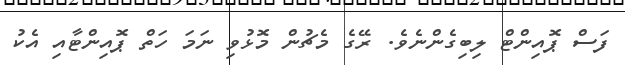
ފަސް ޕޮއިންޓް ލިބިގެންނެވެ. ރޭގެ މެޗުން މޮޅުވި ނަމަ ހަތް ޕޮއިންޓާއި އެކު